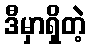
ဒီမှာရှိတဲ့